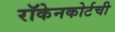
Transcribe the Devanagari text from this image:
रॉकेनकोर्टची